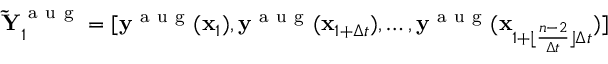
\mathbf { \tilde { Y } } _ { 1 } ^ { \mathrm { ~ a ~ u ~ g ~ } } = [ \mathbf { y } ^ { \mathrm { ~ a ~ u ~ g ~ } } ( \mathbf { x } _ { 1 } ) , \mathbf { y } ^ { \mathrm { ~ a ~ u ~ g ~ } } ( \mathbf { x } _ { 1 + \Delta t } ) , \dots , \mathbf { y } ^ { \mathrm { ~ a ~ u ~ g ~ } } ( \mathbf { x } _ { 1 + \lfloor \frac { n - 2 } { \Delta t } \rfloor \Delta t } ) ]